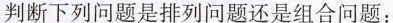
判断下列问题是排列问题还是组合问题：